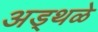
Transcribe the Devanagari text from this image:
अड्थळे